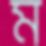
ম